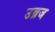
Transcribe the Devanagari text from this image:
उब्रज